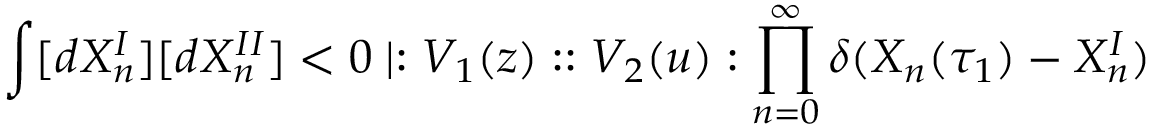
\int [ d X _ { n } ^ { I } ] [ d X _ { n } ^ { I I } ] < 0 \mid : V _ { 1 } ( z ) : : V _ { 2 } ( u ) : \prod _ { n = 0 } ^ { \infty } \delta ( X _ { n } ( \tau _ { 1 } ) - X _ { n } ^ { I } )